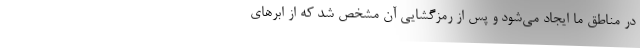
در مناطق ما ایجاد می‌شود و پس از رمزگشایی آن مشخص شد که از ابر‌های